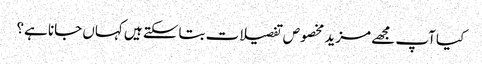
کیا آپ مجھے مزید مخصوص تفصیلات بتاسکتے ہیں کہاں جانا ہے؟